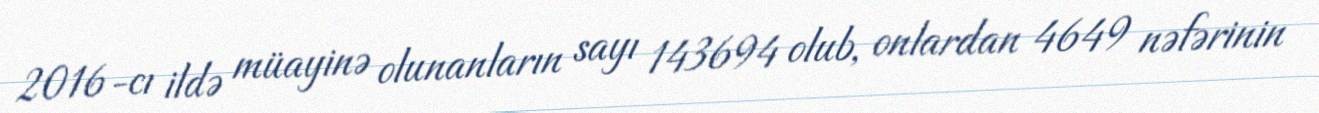
2016-cı ildə müayinə olunanların sayı 143694 olub, onlardan 4649 nəfərinin